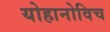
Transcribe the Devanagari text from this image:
योहानोविच